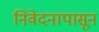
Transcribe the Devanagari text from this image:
निवेदनापासून